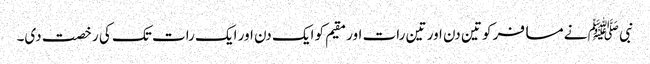
نبی ﷺ نے مسافر کو تین دن اور تین رات اور مقیم کو ایک دن اور ایک رات تک کی رخصت دی۔